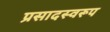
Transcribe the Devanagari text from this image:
प्रसादस्‍वरूप